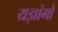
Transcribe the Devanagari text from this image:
यज्ञांगो